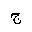
Letter: _gim